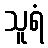
သူရံ